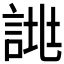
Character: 𧨙